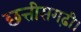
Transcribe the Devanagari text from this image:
छत्तीसगढ़ी।